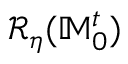
\mathcal { R } _ { \eta } ( \mathbb { M } _ { 0 } ^ { t } )